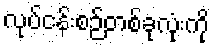
လုပ်ငန်းစဉ်တစ်ခုလုံးကို